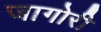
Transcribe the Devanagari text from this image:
जागोरी